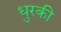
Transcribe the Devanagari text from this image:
धुरकी